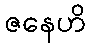
ဇနေဟိ